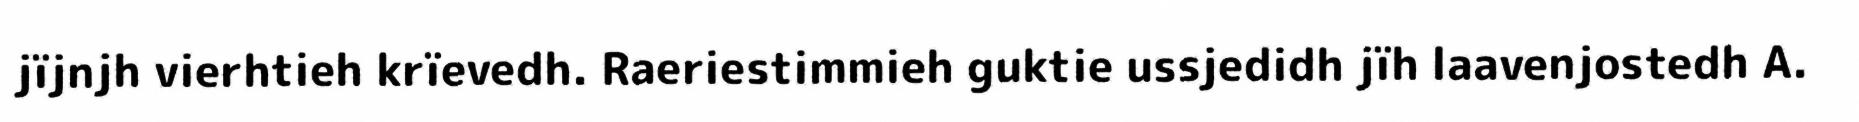
jïjnjh vierhtieh krïevedh. Raeriestimmieh guktie ussjedidh jïh laavenjostedh A.